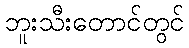
ဘူးသီးတောင်တွင်